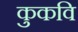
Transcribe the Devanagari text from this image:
कुकवि